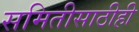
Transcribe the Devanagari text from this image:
समितीसाठीही